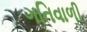
ગતિવાળી